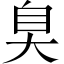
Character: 𦤀